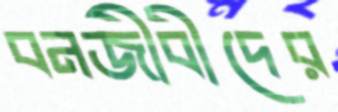
বনজীবীদের